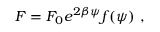
F = F _ { 0 } e ^ { 2 \beta \psi } f ( \psi ) \ ,